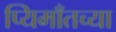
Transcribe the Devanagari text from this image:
प्यिमाँतच्या